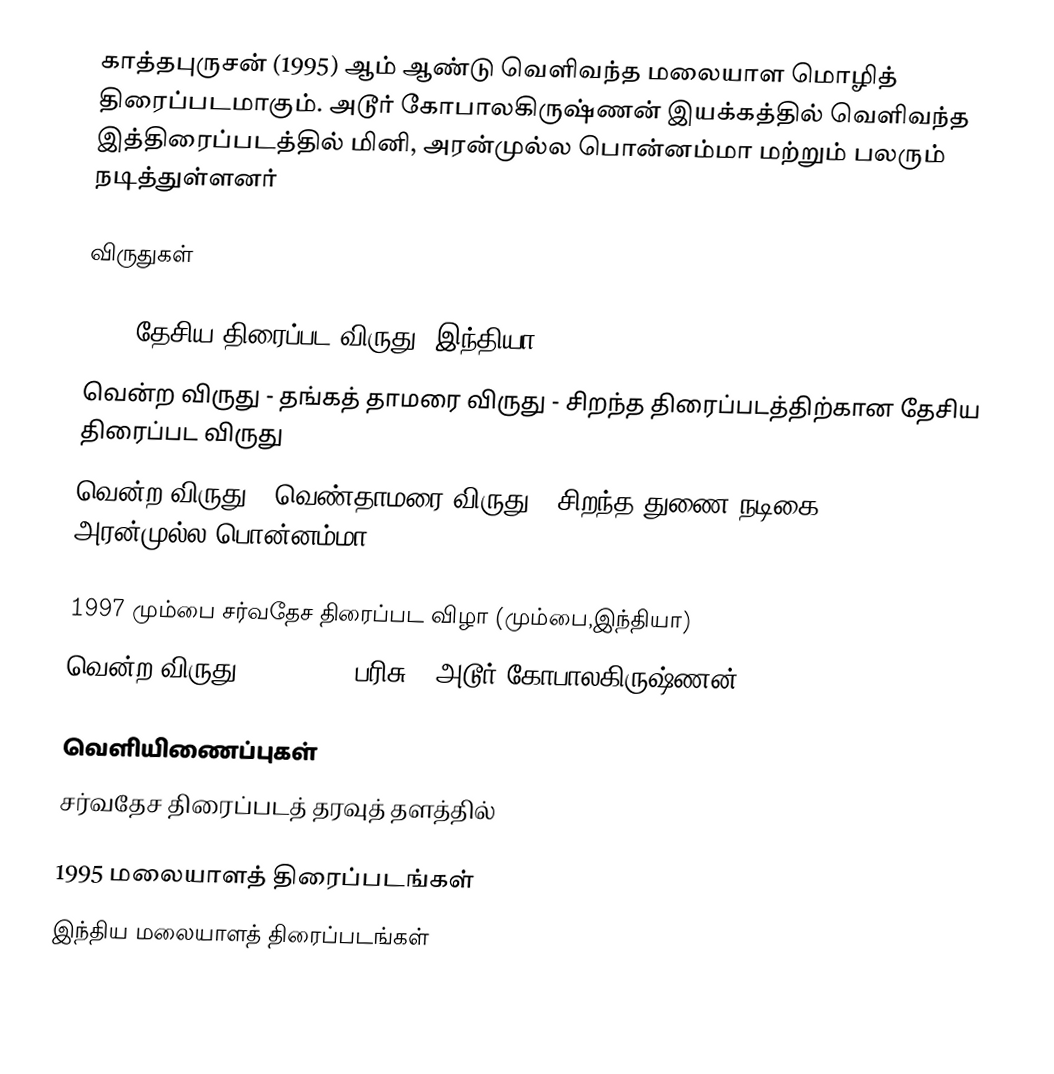
காத்தபுருசன் (1995) ஆம் ஆண்டு வெளிவந்த மலையாள மொழித் திரைப்படமாகும். அடூர் கோபாலகிருஷ்ணன் இயக்கத்தில் வெளிவந்த இத்திரைப்படத்தில் மினி, அரன்முல்ல பொன்னம்மா மற்றும் பலரும் நடித்துள்ளனர்

விருதுகள்

1996 தேசிய திரைப்பட விருது (இந்தியா)
 வென்ற விருது - தங்கத் தாமரை விருது  - சிறந்த திரைப்படத்திற்கான தேசிய திரைப்பட விருது
 வென்ற விருது - வெண்தாமரை விருது - சிறந்த துணை நடிகை - அரன்முல்ல பொன்னம்மா

1997 மும்பை சர்வதேச திரைப்பட விழா (மும்பை,இந்தியா)
 வென்ற விருது - FIPRESCI பரிசு - அடூர் கோபாலகிருஷ்ணன்

வெளியிணைப்புகள்
சர்வதேச திரைப்படத் தரவுத் தளத்தில்

1995 மலையாளத் திரைப்படங்கள்
இந்திய மலையாளத் திரைப்படங்கள்